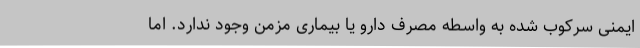
ایمنی سرکوب شده به واسطه مصرف دارو یا بیماری مزمن وجود ندارد. اما